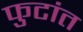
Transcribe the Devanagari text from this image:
फुटांत